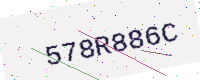
Text: 578R886C